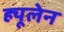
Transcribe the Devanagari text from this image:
ह्यूलेन